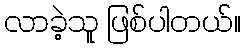
လာခဲ့သူ ဖြစ်ပါတယ်။